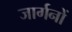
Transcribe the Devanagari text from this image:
जार्गनों